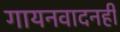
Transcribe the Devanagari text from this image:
गायनवादनही